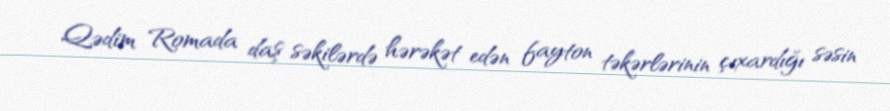
Qədim Romada daş səkilərdə hərəkət edən fayton təkərlərinin çıxardığı səsin